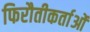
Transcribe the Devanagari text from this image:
फिरौतीकर्ताओं